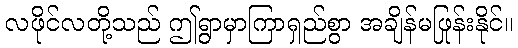
လဖိုင်လတို့သည် ဤရွာမှာကြာရှည်စွာ အချိန်မဖြုန်းနိုင်။